Scottish Leaving Certificate Examination, 1958
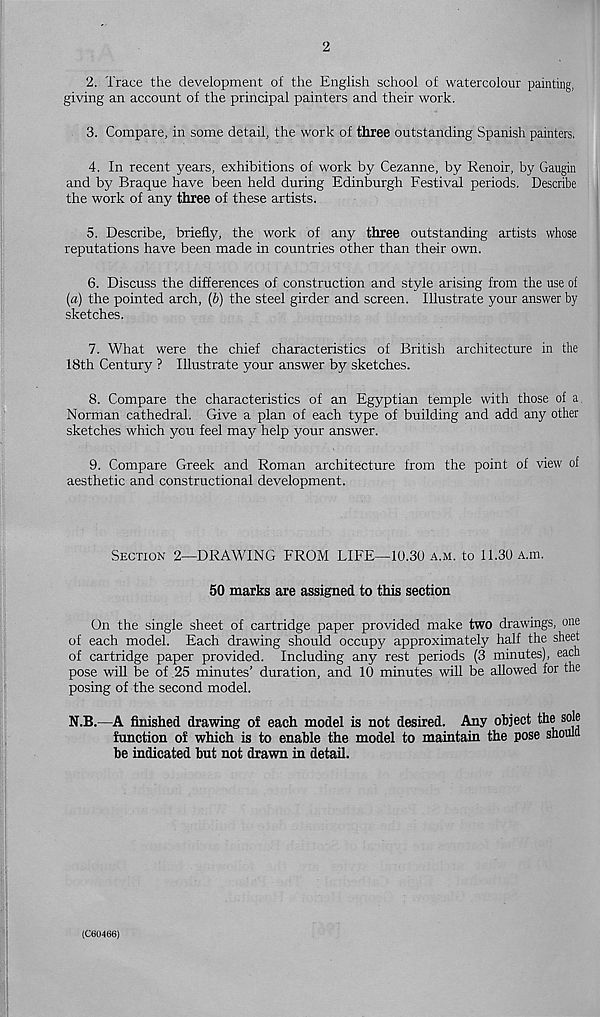
2
2. Trace the development of the English school of watercolour painting,
giving an account of the principal painters and their work.
3. Compare, in some detail, the work of three outstanding Spanish painters.
4. In recent years, exhibitions of work by Cezanne, by Renoir, by Gaugin
and by Braque have been held during Edinburgh Festival periods. Describe
the work of any three of these artists.
5. Describe, briefly, the work of any three outstanding artists whose
reputations have been made in countries other than their own.
6. Discuss the differences of construction and style arising from the use of
(a) the pointed arch, (&) the steel girder and screen. Illustrate your answer by
sketches.
7. What were the chief characteristics of British architecture in the
18th Century ? Illustrate your answer by sketches.
8. Compare the characteristics of an Egyptian temple with those of a
Norman cathedral. Give a plan of each type of building and add any other
sketches which you feel may help your answer.
9. Compare Greek and Roman architecture from the point of view of
aesthetic and constructional development.
Section 2—DRAWING FROM LIFE—10.30 a.m. to 11.30 A.m.
50 marks are assigned to this section
On the single sheet of cartridge paper provided make two drawings, one
of each model. Each drawing should occupy approximately half the sheet
of cartridge paper provided. Including any rest periods (3 minutes), each
pose will be of 25 minutes’ duration, and 10 minutes will be allowed for the
posing of the second model.
N.B.—A finished drawing of each model is not desired. Any object the sole
function of which is to enable the model to maintain the pose should
be indicated but not drawn in detail.
(C60466)